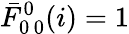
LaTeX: \bar{F}_{0\, 0}^{0}(i)=1